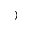
)